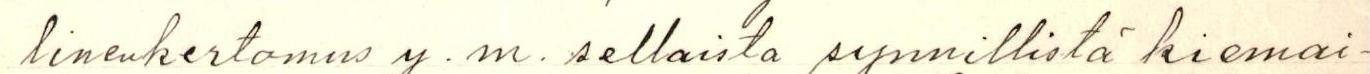
linenkertomus y.m. sellaista synnillistä kiemai-